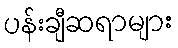
ပန်းချီဆရာများ